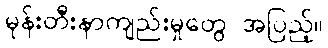
မုန်းတီးနာကျည်းမှုတွေ အပြည့်။